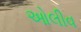
ઓલીવ